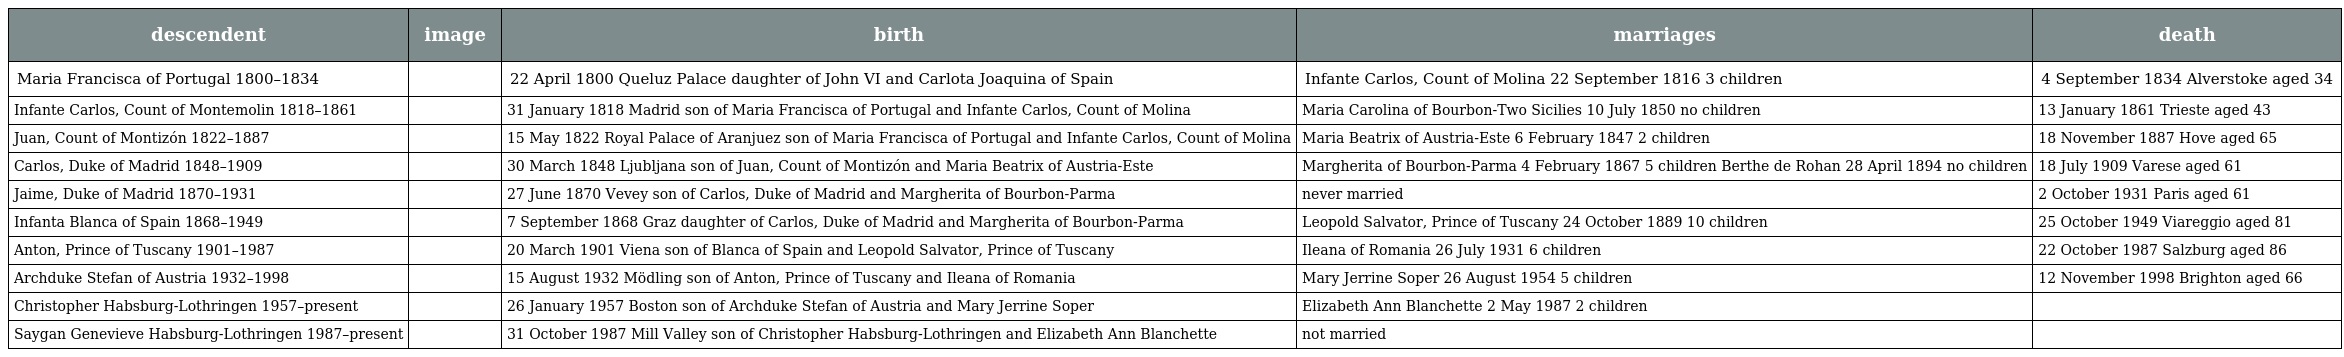
| descendent | image | birth | marriages | death |
 | --- | --- | --- | --- | --- |
 | Maria Francisca of Portugal 1800–1834 |  | 22 April 1800 Queluz Palace daughter of John VI and Carlota Joaquina of Spain | Infante Carlos, Count of Molina 22 September 1816 3 children | 4 September 1834 Alverstoke aged 34 |
 | Infante Carlos, Count of Montemolin 1818–1861 |  | 31 January 1818 Madrid son of Maria Francisca of Portugal and Infante Carlos, Count of Molina | Maria Carolina of Bourbon-Two Sicilies 10 July 1850 no children | 13 January 1861 Trieste aged 43 |
 | Juan, Count of Montizón 1822–1887 |  | 15 May 1822 Royal Palace of Aranjuez son of Maria Francisca of Portugal and Infante Carlos, Count of Molina | Maria Beatrix of Austria-Este 6 February 1847 2 children | 18 November 1887 Hove aged 65 |
 | Carlos, Duke of Madrid 1848–1909 |  | 30 March 1848 Ljubljana son of Juan, Count of Montizón and Maria Beatrix of Austria-Este | Margherita of Bourbon-Parma 4 February 1867 5 children Berthe de Rohan 28 April 1894 no children | 18 July 1909 Varese aged 61 |
 | Jaime, Duke of Madrid 1870–1931 |  | 27 June 1870 Vevey son of Carlos, Duke of Madrid and Margherita of Bourbon-Parma | never married | 2 October 1931 Paris aged 61 |
 | Infanta Blanca of Spain 1868–1949 |  | 7 September 1868 Graz daughter of Carlos, Duke of Madrid and Margherita of Bourbon-Parma | Leopold Salvator, Prince of Tuscany 24 October 1889 10 children | 25 October 1949 Viareggio aged 81 |
 | Anton, Prince of Tuscany 1901–1987 |  | 20 March 1901 Viena son of Blanca of Spain and Leopold Salvator, Prince of Tuscany | Ileana of Romania 26 July 1931 6 children | 22 October 1987 Salzburg aged 86 |
 | Archduke Stefan of Austria 1932–1998 |  | 15 August 1932 Mödling son of Anton, Prince of Tuscany and Ileana of Romania | Mary Jerrine Soper 26 August 1954 5 children | 12 November 1998 Brighton aged 66 |
 | Christopher Habsburg-Lothringen 1957–present |  | 26 January 1957 Boston son of Archduke Stefan of Austria and Mary Jerrine Soper | Elizabeth Ann Blanchette 2 May 1987 2 children |  |
 | Saygan Genevieve Habsburg-Lothringen 1987–present |  | 31 October 1987 Mill Valley son of Christopher Habsburg-Lothringen and Elizabeth Ann Blanchette | not married |  |